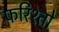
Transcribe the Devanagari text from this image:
फरिश्तो